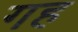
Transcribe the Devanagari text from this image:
गह